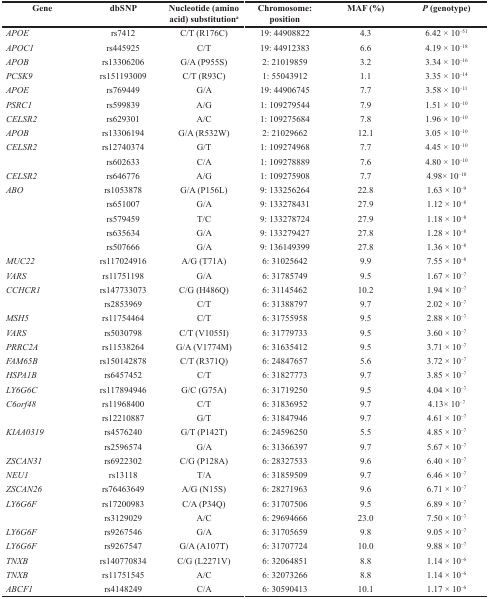
<table><thead><tr><td><b>Gene</b></td><td><b>dbSNP</b></td><td><b>Nucleotide (amino acid) substitution<sup>a</sup></b></td><td><b>Chromosome: position</b></td><td><b>MAF (%)</b></td><td><b><i>P</i> (genotype)</b></td></tr></thead><tbody><tr><td><i>APOE</i></td><td>rs7412</td><td>C/T (R176C)</td><td>19: 44908822</td><td>4.3</td><td>6.42 × 10<sup>−51</sup></td></tr><tr><td><i>APOC1</i></td><td>rs445925</td><td>C/T</td><td>19: 44912383</td><td>6.6</td><td>4.19 × 10<sup>−18</sup></td></tr><tr><td><i>APOB</i></td><td>rs13306206</td><td>G/A (P955S)</td><td>2: 21019859</td><td>3.2</td><td>3.34 × 10<sup>−16</sup></td></tr><tr><td><i>PCSK9</i></td><td>rs151193009</td><td>C/T (R93C)</td><td>1: 55043912</td><td>1.1</td><td>3.35 × 10<sup>−14</sup></td></tr><tr><td><i>APOE</i></td><td>rs769449</td><td>G/A</td><td>19: 44906745</td><td>7.7</td><td>3.58 × 10<sup>−11</sup></td></tr><tr><td><i>PSRC1</i></td><td>rs599839</td><td>A/G</td><td>1: 109279544</td><td>7.9</td><td>1.51 × 10<sup>−10</sup></td></tr><tr><td><i>CELSR2</i></td><td>rs629301</td><td>A/C</td><td>1: 109275684</td><td>7.8</td><td>1.96 × 10<sup>−10</sup></td></tr><tr><td><i>APOB</i></td><td>rs13306194</td><td>G/A (R532W)</td><td>2: 21029662</td><td>12.1</td><td>3.05 × 10<sup>−10</sup></td></tr><tr><td><i>CELSR2</i></td><td>rs12740374</td><td>G/T</td><td>1: 109274968</td><td>7.7</td><td>4.45 × 10<sup>−10</sup></td></tr><tr><td></td><td>rs602633</td><td>C/A</td><td>1: 109278889</td><td>7.6</td><td>4.80 × 10<sup>−10</sup></td></tr><tr><td><i>CELSR2</i></td><td>rs646776</td><td>A/G</td><td>1: 109275908</td><td>7.7</td><td>4.98× 10<sup>−10</sup></td></tr><tr><td><i>ABO</i></td><td>rs1053878</td><td>G/A (P156L)</td><td>9: 133256264</td><td>22.8</td><td>1.63 × 10<sup>−9</sup></td></tr><tr><td></td><td>rs651007</td><td>G/A</td><td>9: 133278431</td><td>27.9</td><td>1.12 × 10<sup>−8</sup></td></tr><tr><td></td><td>rs579459</td><td>T/C</td><td>9: 133278724</td><td>27.9</td><td>1.18 × 10<sup>−8</sup></td></tr><tr><td></td><td>rs635634</td><td>G/A</td><td>9: 133279427</td><td>27.8</td><td>1.28 × 10<sup>−8</sup></td></tr><tr><td></td><td>rs507666</td><td>G/A</td><td>9: 136149399</td><td>27.8</td><td>1.36 × 10<sup>−8</sup></td></tr><tr><td><i>MUC22</i></td><td>rs117024916</td><td>A/G (T71A)</td><td>6: 31025642</td><td>9.9</td><td>7.55 × 10<sup>−8</sup></td></tr><tr><td><i>VARS</i></td><td>rs11751198</td><td>G/A</td><td>6: 31785749</td><td>9.5</td><td>1.67 × 10<sup>−7</sup></td></tr><tr><td><i>CCHCR1</i></td><td>rs147733073</td><td>C/G (H486Q)</td><td>6: 31145462</td><td>10.2</td><td>1.94 × 10<sup>−7</sup></td></tr><tr><td></td><td>rs2853969</td><td>C/T</td><td>6: 31388797</td><td>9.7</td><td>2.02 × 10<sup>−7</sup></td></tr><tr><td><i>MSH5</i></td><td>rs11754464</td><td>C/T</td><td>6: 31755958</td><td>9.5</td><td>2.88 × 10<sup>−7</sup></td></tr><tr><td><i>VARS</i></td><td>rs5030798</td><td>C/T (V1055I)</td><td>6: 31779733</td><td>9.5</td><td>3.60 × 10<sup>−7</sup></td></tr><tr><td><i>PRRC2A</i></td><td>rs11538264</td><td>G/A (V1774M)</td><td>6: 31635412</td><td>9.5</td><td>3.71 × 10<sup>−7</sup></td></tr><tr><td><i>FAM65B</i></td><td>rs150142878</td><td>C/T (R371Q)</td><td>6: 24847657</td><td>5.6</td><td>3.72 × 10<sup>−7</sup></td></tr><tr><td><i>HSPA1B</i></td><td>rs6457452</td><td>C/T</td><td>6: 31827773</td><td>9.7</td><td>3.85 × 10<sup>−7</sup></td></tr><tr><td><i>LY6G6C</i></td><td>rs117894946</td><td>G/C (G75A)</td><td>6: 31719250</td><td>9.5</td><td>4.04 × 10<sup>−7</sup></td></tr><tr><td><i>C6orf48</i></td><td>rs11968400</td><td>C/T</td><td>6: 31836952</td><td>9.7</td><td>4.13× 10<sup>−7</sup></td></tr><tr><td></td><td>rs12210887</td><td>G/T</td><td>6: 31847946</td><td>9.7</td><td>4.61 × 10<sup>−7</sup></td></tr><tr><td><i>KIAA0319</i></td><td>rs4576240</td><td>G/T (P142T)</td><td>6: 24596250</td><td>5.5</td><td>4.85 × 10<sup>−7</sup></td></tr><tr><td></td><td>rs2596574</td><td>G/A</td><td>6: 31366397</td><td>9.7</td><td>5.67 × 10<sup>−7</sup></td></tr><tr><td><i>ZSCAN31</i></td><td>rs6922302</td><td>C/G (P128A)</td><td>6: 28327533</td><td>9.6</td><td>6.40 × 10<sup>−7</sup></td></tr><tr><td><i>NEU1</i></td><td>rs13118</td><td>T/A</td><td>6: 31859509</td><td>9.7</td><td>6.46 × 10<sup>−7</sup></td></tr><tr><td><i>ZSCAN26</i></td><td>rs76463649</td><td>A/G (N15S)</td><td>6: 28271963</td><td>9.6</td><td>6.71 × 10<sup>−7</sup></td></tr><tr><td><i>LY6G6F</i></td><td>rs17200983</td><td>C/A (P34Q)</td><td>6: 31707506</td><td>9.5</td><td>6.89 × 10<sup>−7</sup></td></tr><tr><td></td><td>rs3129029</td><td>A/C</td><td>6: 29694666</td><td>23.0</td><td>7.50 × 10<sup>−7</sup></td></tr><tr><td><i>LY6G6F</i></td><td>rs9267546</td><td>G/A</td><td>6: 31705659</td><td>9.8</td><td>9.05 × 10<sup>−7</sup></td></tr><tr><td><i>LY6G6F</i></td><td>rs9267547</td><td>G/A (A107T)</td><td>6: 31707724</td><td>10.0</td><td>9.88 × 10<sup>−7</sup></td></tr><tr><td><i>TNXB</i></td><td>rs140770834</td><td>C/G (L2271V)</td><td>6: 32064851</td><td>8.8</td><td>1.14 × 10<sup>−6</sup></td></tr><tr><td><i>TNXB</i></td><td>rs11751545</td><td>A/C</td><td>6: 32073266</td><td>8.8</td><td>1.14 × 10<sup>−6</sup></td></tr><tr><td><i>ABCF1</i></td><td>rs4148249</td><td>C/A</td><td>6: 30590413</td><td>10.1</td><td>1.17 × 10<sup>−6</sup></td></tr></tbody></table>